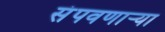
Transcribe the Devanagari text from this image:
संपवणाऱ्या